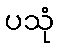
ပသုံ